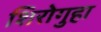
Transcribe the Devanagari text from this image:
शिरोगुहा